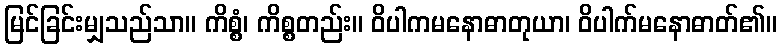
မြင်ခြင်းမျှသည်သာ။ ကိစ္စံ၊ ကိစ္စတည်း။ ဝိပါကမနောဓာတုယာ၊ ဝိပါက်မနောဓာတ်၏။